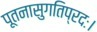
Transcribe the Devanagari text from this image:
पूतनासुगतिप्रदः।